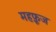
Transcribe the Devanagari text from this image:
महफ़ूज